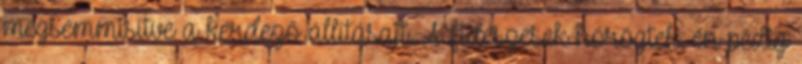
megsemmisítve a kérdező állításait. A fideszesek hörögtek, én pedig